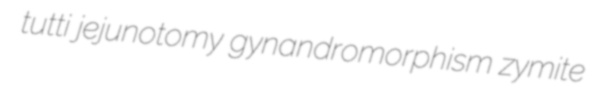
tutti jejunotomy gynandromorphism zymite